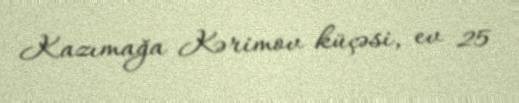
Kazımağa Kərimov küçəsi, ev 25